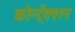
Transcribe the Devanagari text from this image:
कोन्ट्रॅक्शन